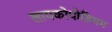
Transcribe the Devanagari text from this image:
लायकोपोडियम